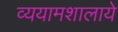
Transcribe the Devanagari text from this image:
व्ययामशालाये